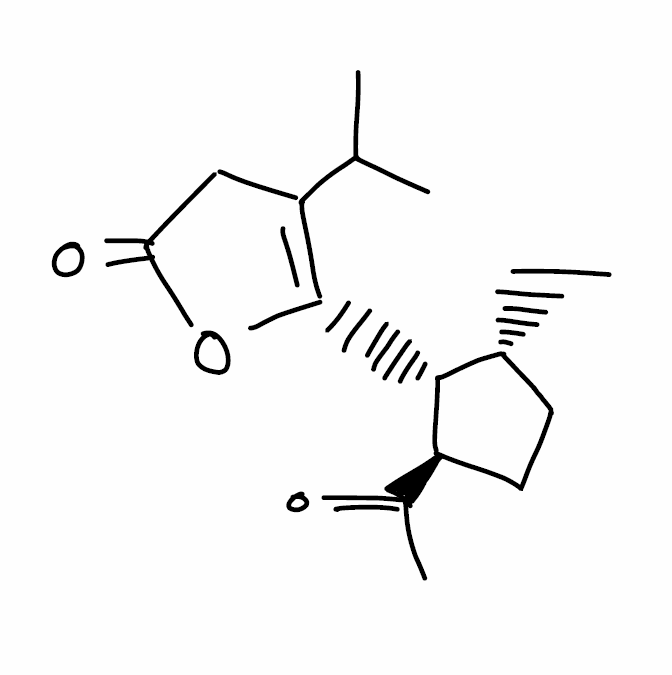
Simplified molecular-input line-entry system (SMILES) notation of the given molecule:
C[C@@H]1CC[C@H]([C@@H]1C2=C(CC(=O)O2)C(C)C)C(=O)C